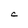
Character: C